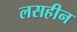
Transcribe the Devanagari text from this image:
लसहीन